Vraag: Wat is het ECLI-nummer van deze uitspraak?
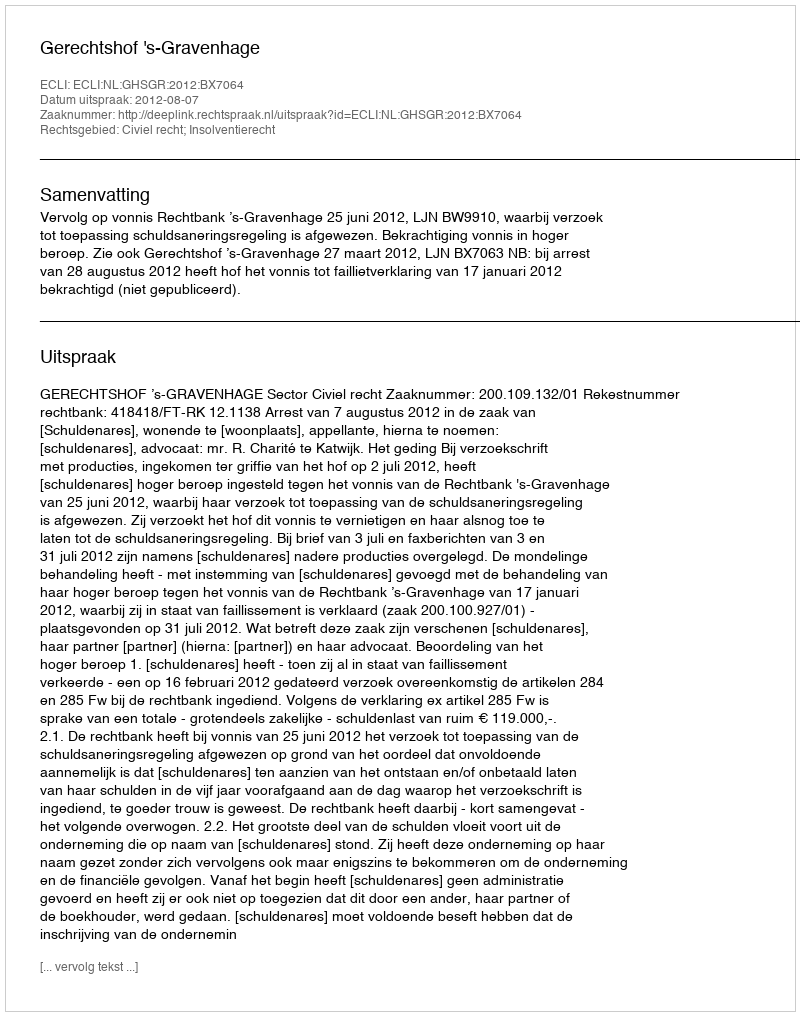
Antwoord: ECLI:NL:GHSGR:2012:BX7064